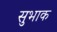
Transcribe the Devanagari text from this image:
सुभाक